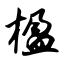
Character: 楹